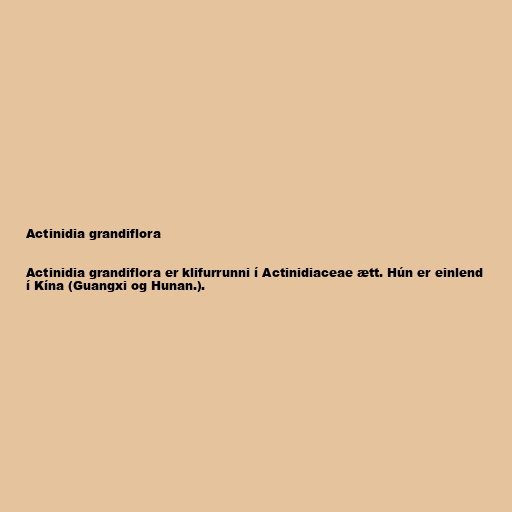
Actinidia grandiflora

Actinidia grandiflora er klifurrunni í Actinidiaceae ætt. Hún er einlend
í Kína (​​Guangxi og Hunan.).